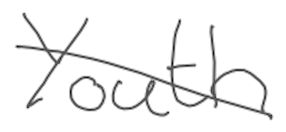
Text: Youth
Cross-out: diagonal
Writing tool: digital_gray